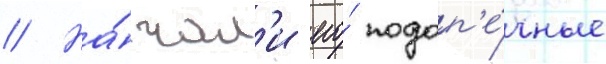
// На́чал'и его́ подоп'е́чные